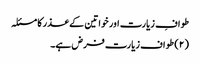
طوافِ زیارت اور خواتین کے عذر کا مسئلہ
(۲) طواف زیارت فرض ہے۔